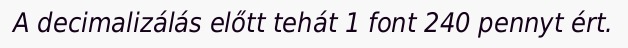
A decimalizálás előtt tehát 1 font 240 pennyt ért.